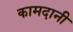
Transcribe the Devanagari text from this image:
कामदानी